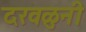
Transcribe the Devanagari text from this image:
दरवळुनी